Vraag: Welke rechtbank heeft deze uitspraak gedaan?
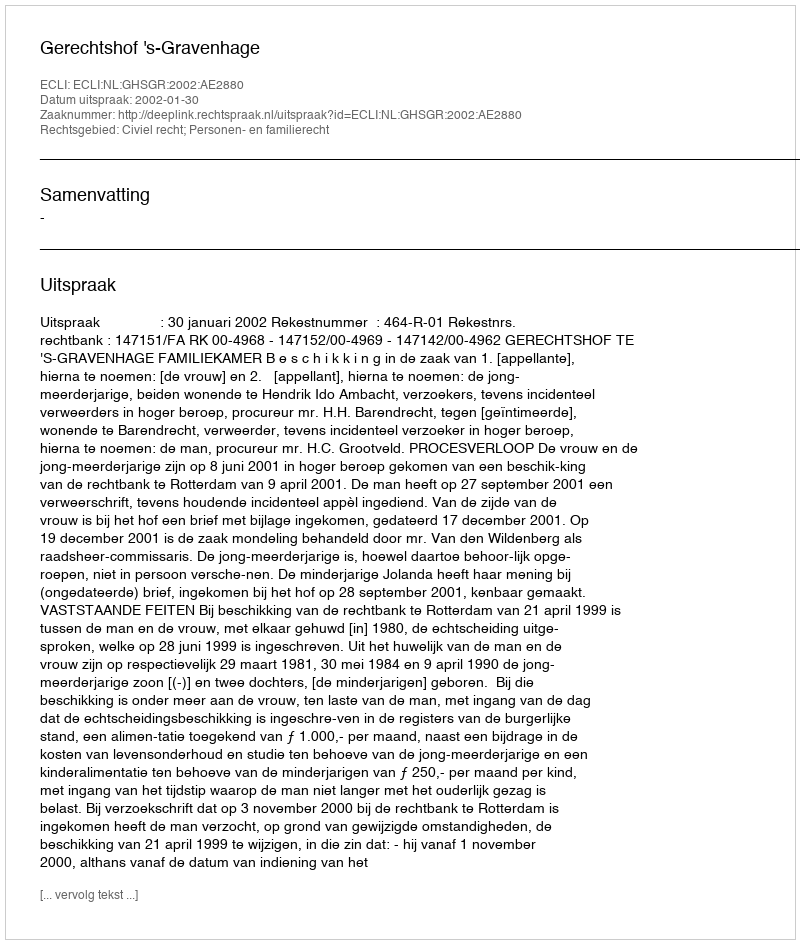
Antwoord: Gerechtshof 's-Gravenhage